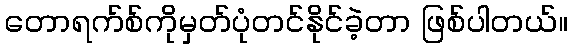
တောရက်စ်ကိုမှတ်ပုံတင်နိုင်ခဲ့တာ ဖြစ်ပါတယ်။